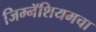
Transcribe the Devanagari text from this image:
जिम्नॅशियमचा